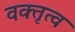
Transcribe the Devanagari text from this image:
वक्‍तृत्‍व